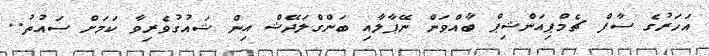
އަހަރުގެ ސާފް ޗެމްޕިއަންޝިޕް ބާއްވަން ނޭޕާލާއި ބަންގްލަދޭޝް އިން ޝައުގުވެރިވާ ކަމަށް ސައުތު..